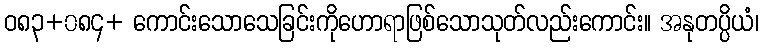
ဝ၈၃+၀၈၄+ ကောင်းသောသေခြင်းကိုဟောရာဖြစ်သောသုတ်လည်းကောင်း။ အနုတပ္ပိယံ၊